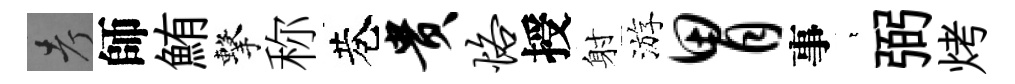
考師鮪擊称巷贵恪授射游胃事萋弼烤